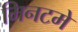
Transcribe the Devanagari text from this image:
मिनटमे